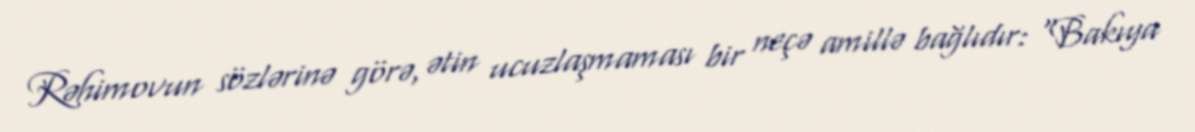
Rəhimovun sözlərinə görə, ətin ucuzlaşmaması bir neçə amillə bağlıdır: “Bakıya